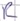
Text: R